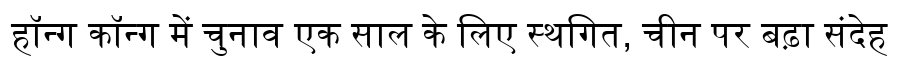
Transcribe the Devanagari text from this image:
हॉन्ग कॉन्ग में चुनाव एक साल के लिए स्थगित, चीन पर बढ़ा संदेह